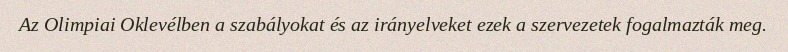
Az Olimpiai Oklevélben a szabályokat és az irányelveket ezek a szervezetek fogalmazták meg.